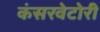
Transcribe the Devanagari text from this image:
कंसरवेटोरी